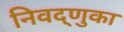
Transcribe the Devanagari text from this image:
निवद्णुका